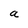
Character: a